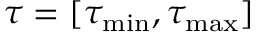
{ \tau } = [ { \tau _ { \operatorname* { m i n } } } , { \tau _ { \operatorname* { m a x } } } ]